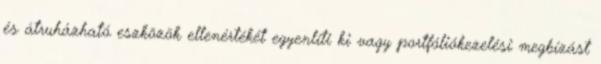
és átruházható eszközök ellenértékét egyenlíti ki vagy portfóliókezelési megbízást